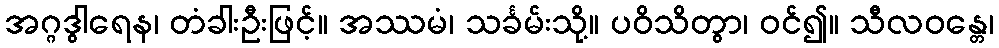
အဂ္ဂဒွါရေန၊ တံခါးဦးဖြင့်။ အဿမံ၊ သင်္ခမ်းသို့။ ပဝိသိတွာ၊ ဝင်၍။ သီလဝန္တေ၊